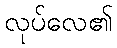
လုပ်လေ၏